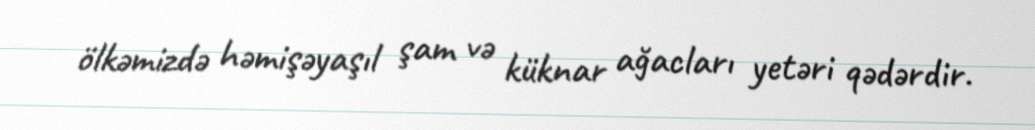
ölkəmizdə həmişəyaşıl şam və küknar ağacları yetəri qədərdir.